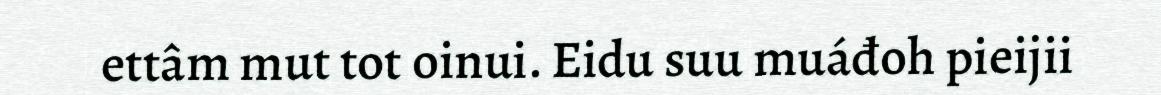
ettâm mut tot oinui. Eidu suu muáđoh pieijii